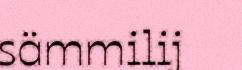
sämmilij